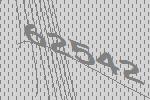
62542